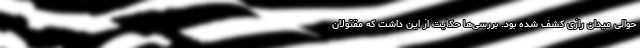
حوالی میدان رازی کشف شده بود. بررسی‌ها حکایت از این داشت که مقتولان